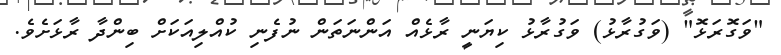
"ވަގޮރަޅޮ" (ވަގުރާޅު) ވަގުރާޅު ކިޔަނީ ރާޅެއް އަންނަތަން ނުފެނި ކުއްލިއަކަށް ބިންދާ ރާޅަށެވެ.